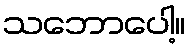
သဘောပေါ့။